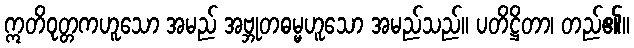
ဣတိဝုတ္တကဟူသော အမည် အဗ္ဘုတဓမ္မဟူသော အမည်သည်။ ပတိဋ္ဌိတာ၊ တည်၏။